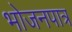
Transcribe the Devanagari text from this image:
भोजनपात्र